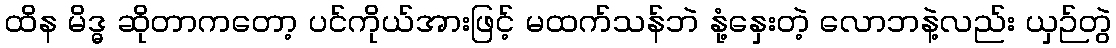
ထိန မိဒ္ဓ ဆိုတာကတော့ ပင်ကိုယ်အားဖြင့် မထက်သန်ဘဲ နုံ့နှေးတဲ့ လောဘနဲ့လည်း ယှဉ်တွဲ